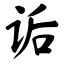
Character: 诟